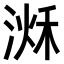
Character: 𣹌